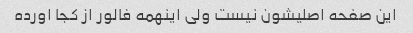
این صفحه اصلیشون نیست ولی اینهمه فالور از کجا اورده